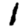
Digit: 1